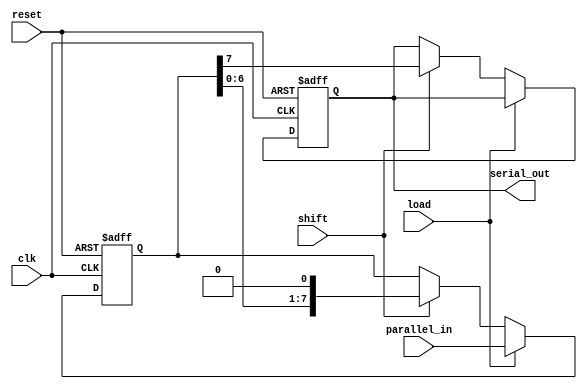
module Dynamic_PISO_Register (
    input wire clk,                // Clock input
    input wire reset,              // Clear signal
    input wire load,               // Load signal
    input wire shift,              // Shift signal
    input wire [N-1:0] parallel_in, // Parallel input data (N-bits)
    output reg serial_out           // Serial output data
);
    parameter N = 8; // Define width of the register (8-bits or change as needed)
    
    // Internal registers
    reg [N-1:0] input_reg; // Input register to hold parallel data
    reg [N-1:0] shift_reg;  // Shift register to hold shifted data

    always @(posedge clk or posedge reset) begin
        if (reset) begin
            // Clear all registers on reset
            input_reg <= {N{1'b0}}; // Clear input register
            shift_reg <= {N{1'b0}}; // Clear shift register
            serial_out <= 1'b0;      // Clear serial output
        end else begin
            if (load) begin
                // Load parallel input data into the input register
                input_reg <= parallel_in;
                shift_reg <= parallel_in; // Initialize shift register with parallel data
            end else if (shift) begin
                // Shift data from shift register
                serial_out <= shift_reg[N-1]; // Output the MSB of shift register
                shift_reg <= {shift_reg[N-2:0], 1'b0}; // Shift left
            end
        end
    end
endmodule